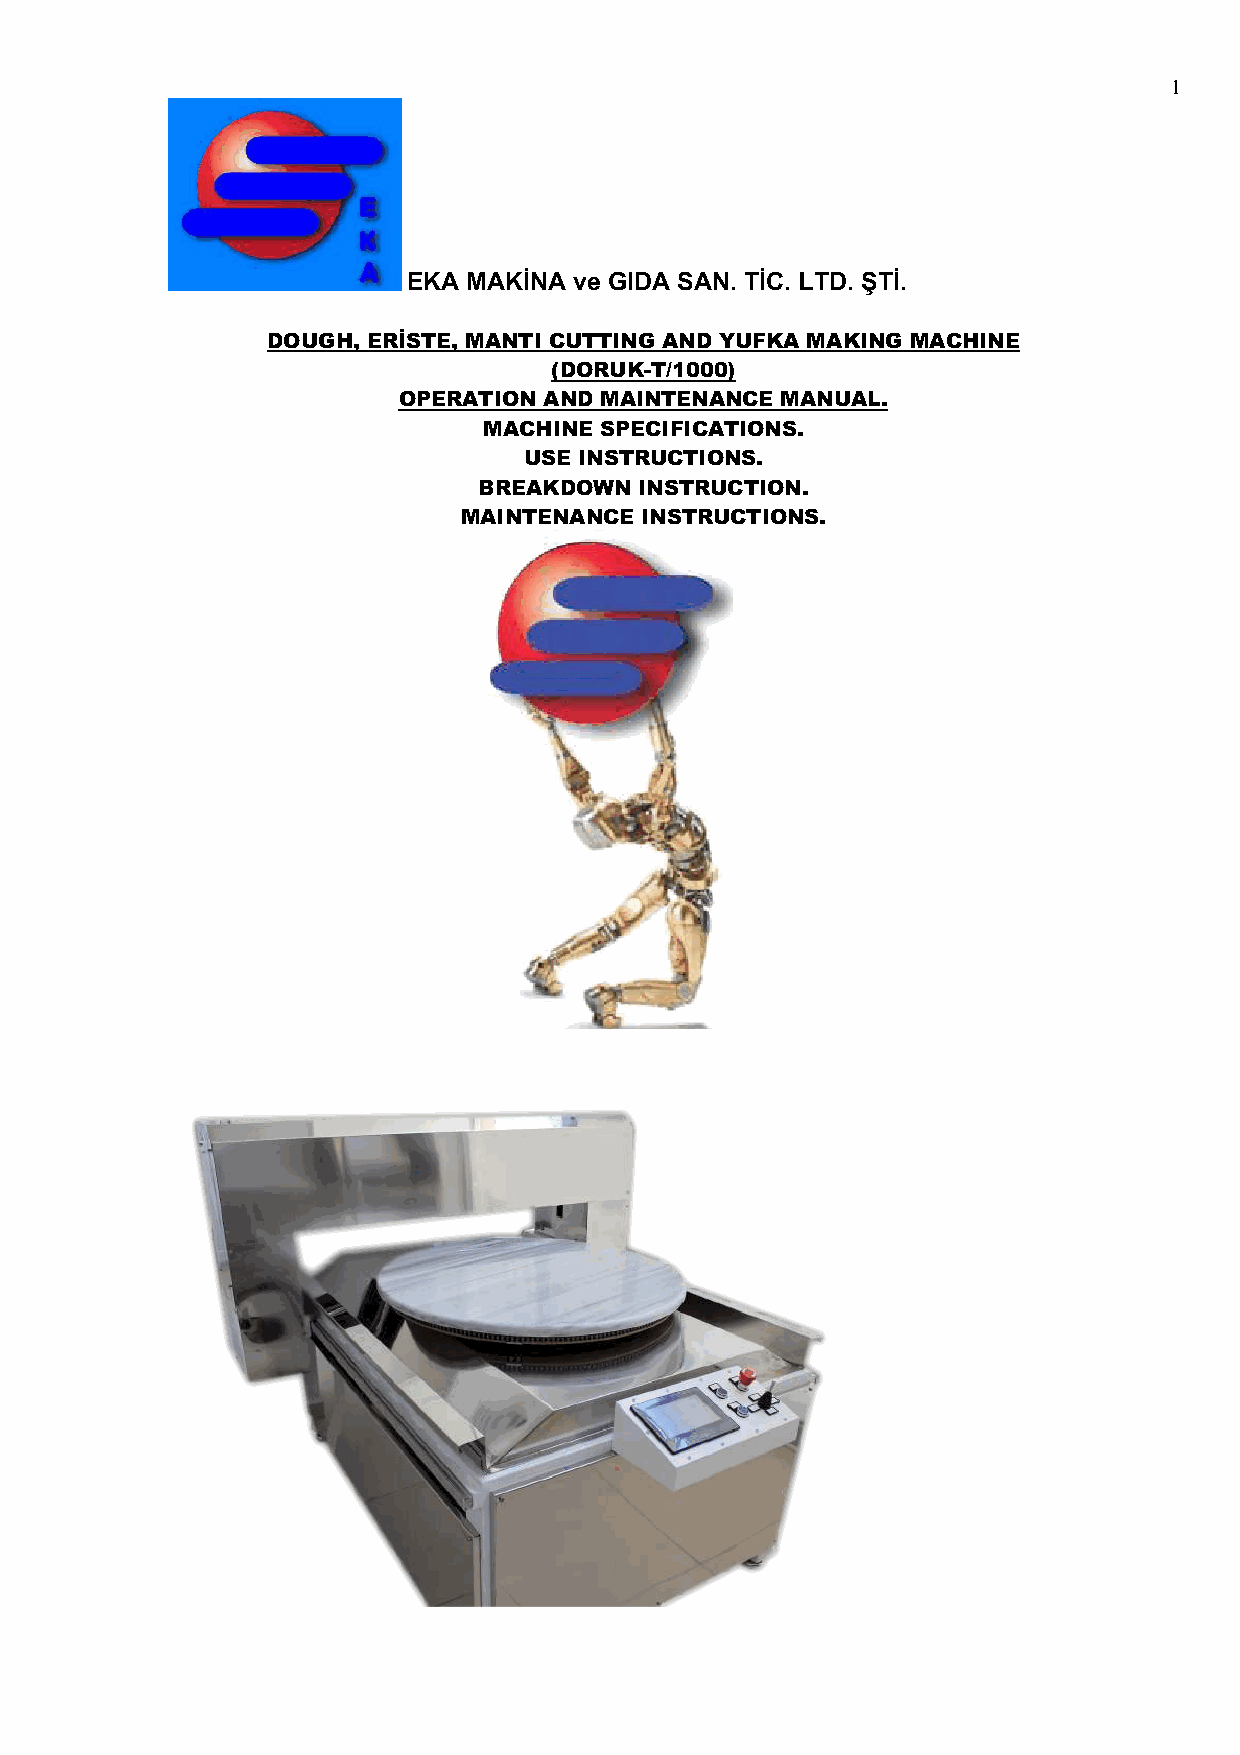
1
 EKA MAKİNA ve GIDA SAN. TİC. LTD. ŞTİ.
 DOUGH, ERİSTE, MANTI CUTTING AND YUFKA MAKING MACHINE
 (DORUK-T/1000)
 OPERATION AND MAINTENANCE MANUAL.
 MACHINE SPECIFICATIONS.
 USE INSTRUCTIONS.
 BREAKDOWN INSTRUCTION.
 MAINTENANCE INSTRUCTIONS.